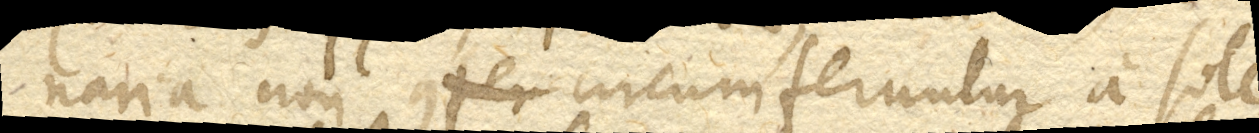
naria non circumferuntur a sole